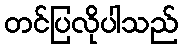
တင်ပြလိုပါသည်